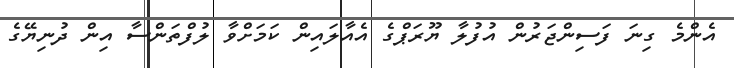
އެންމެ ގިނަ ފަސިންޖަރުން އުފުލާ ޔޫރަޕްގެ އެއާލައިން ކަމަށްވާ ލުފްތަންސާ އިން ދުނިޔޭގެ